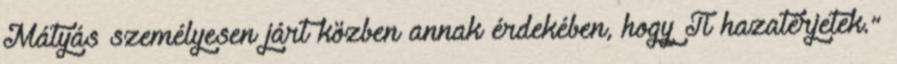
Mátyás személyesen járt közben annak érdekében, hogy Ti hazatérjetek.”